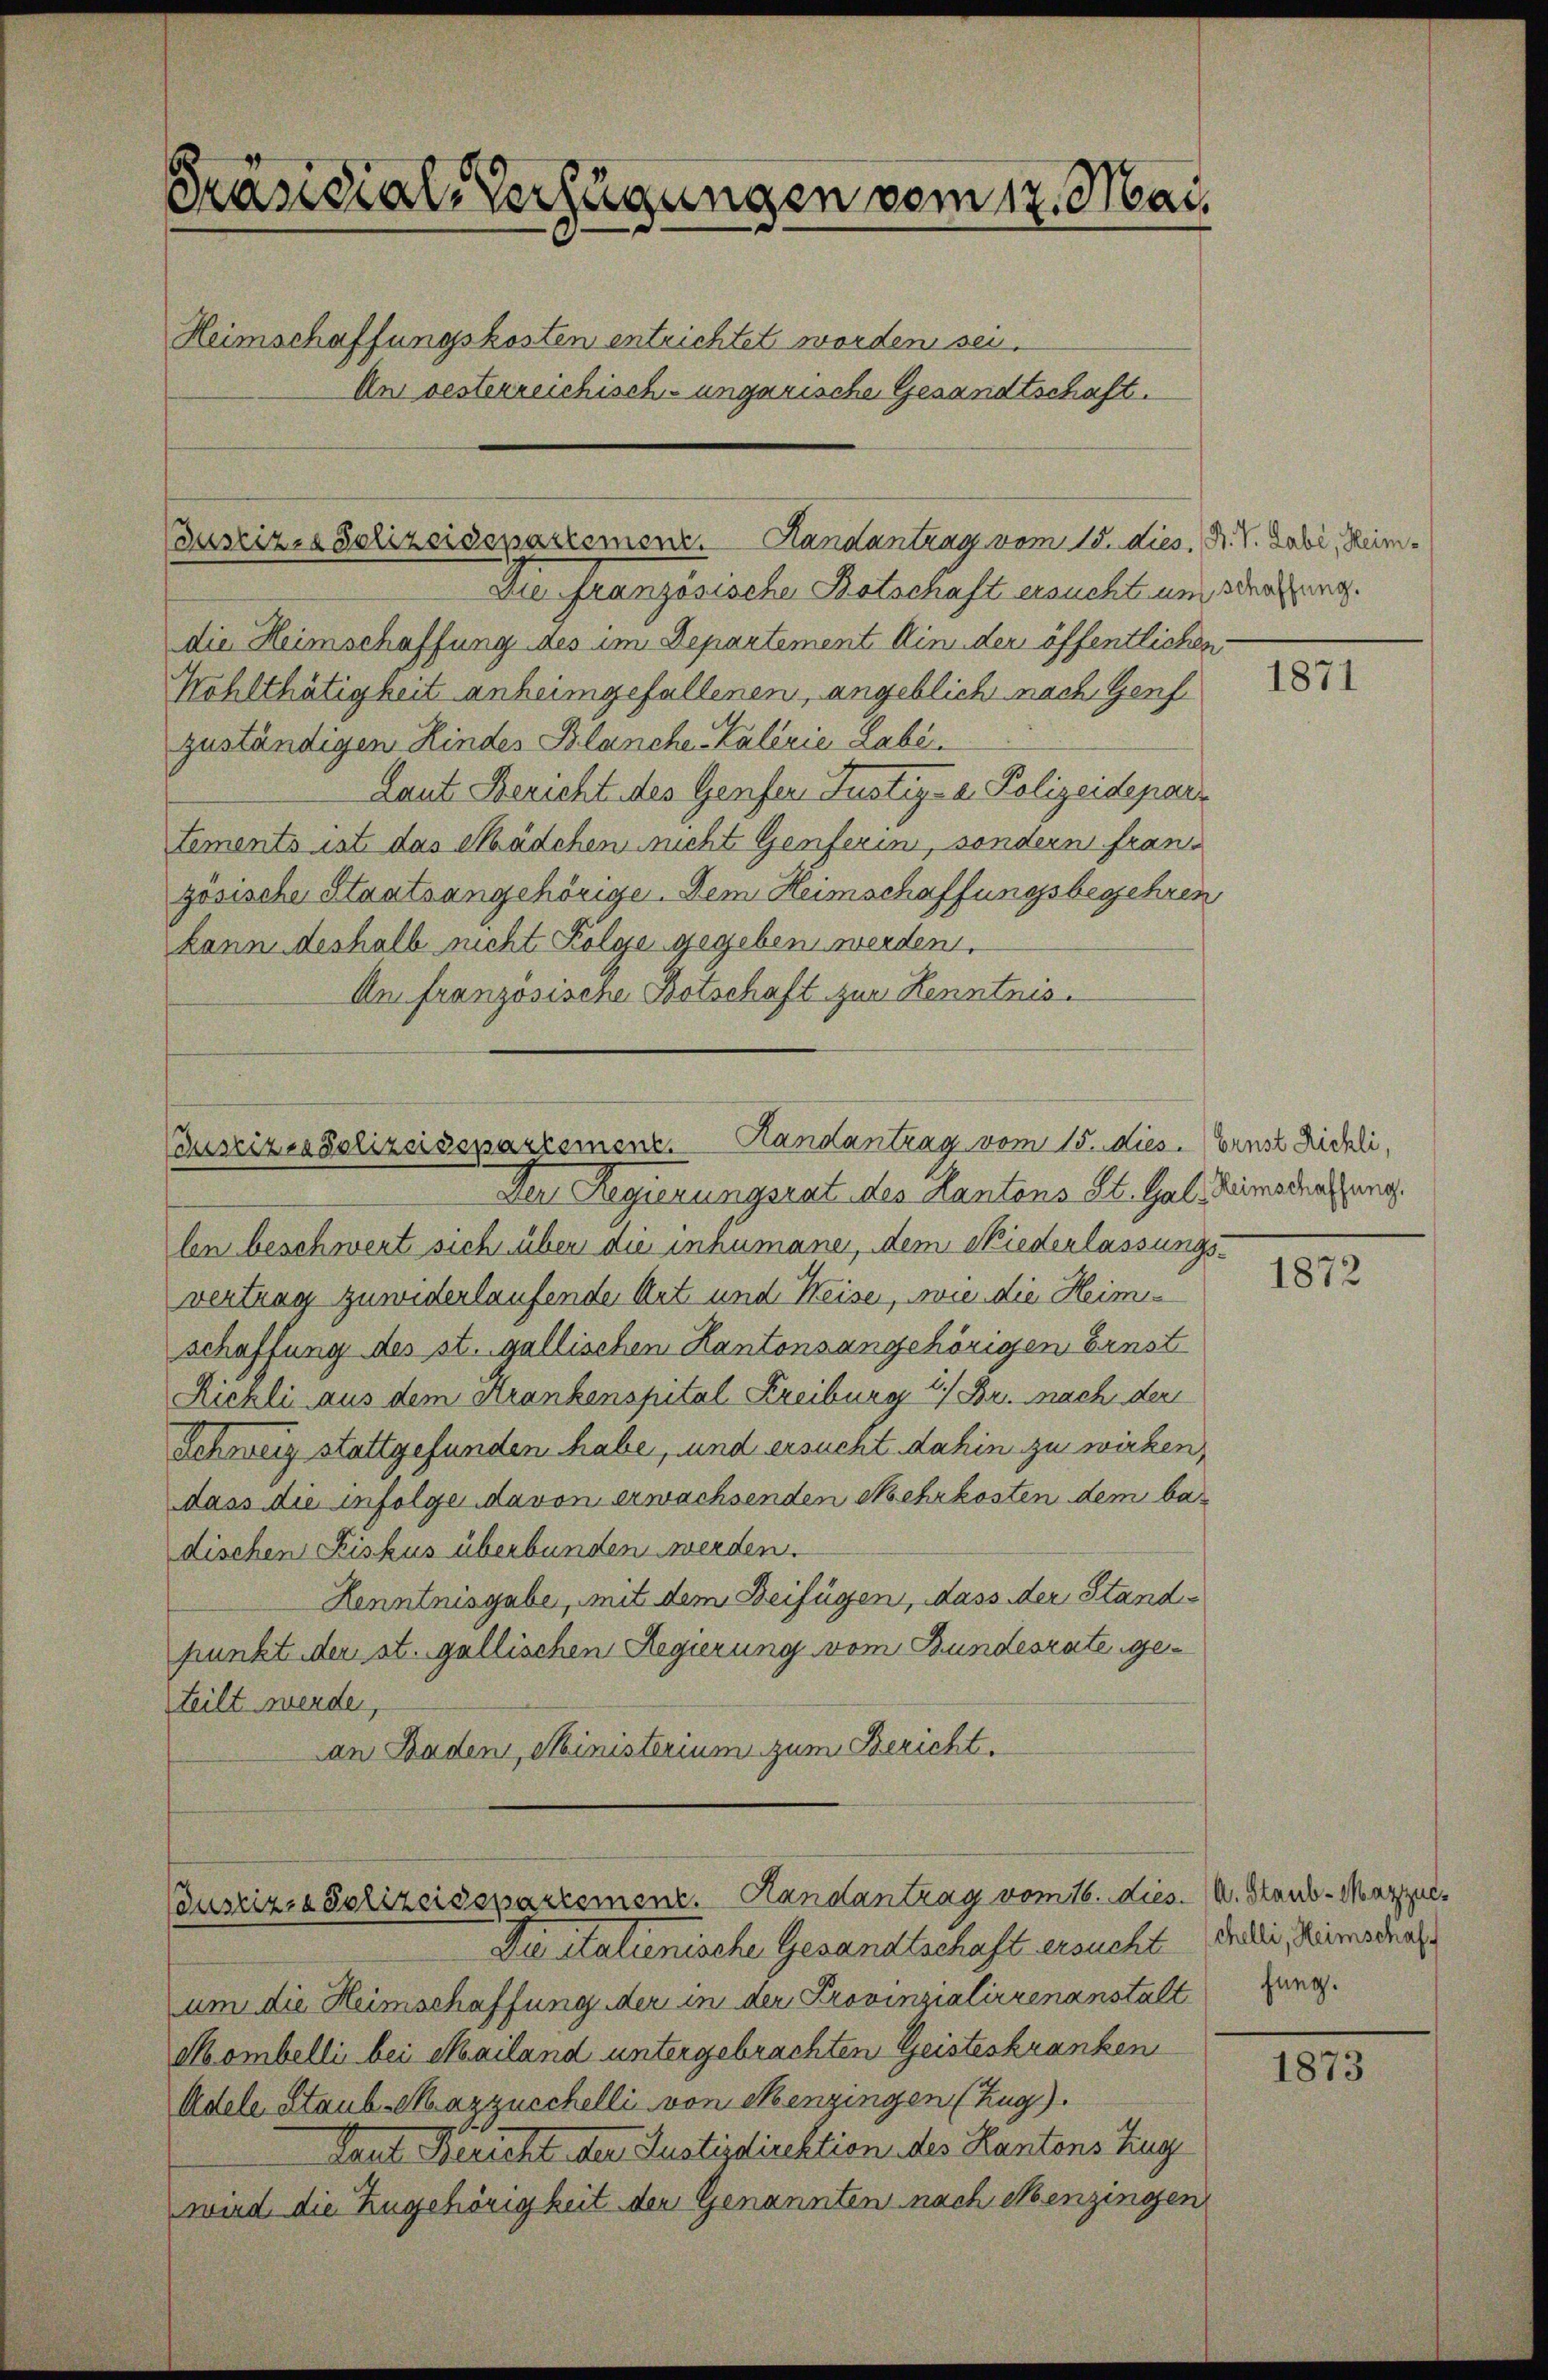
Präsidial-Verfügungen vom 17. Mai.
Heimschaffungskosten entrichtet worden sei.
Um besterreichisch-ungarische Gesandtschaft.

Die französische Botschaft ersucht und dergung.
die Heimschaffung des im Departement in der öffentlichen
Wohlthätigkeit anheimgefallenen, angeblicht nach Genf
zuständigen Kinder Blanche Kalerie Labe.
Laut Bericht des Genfer Justiz- a. Polizeidepart
tements ist das Mädchen nicht Genferin, sondern französische Staatsangehörige. Dem Heimschaffungsbegehren
kann deshalb nicht Kolge gegeben werden.
An französische Botschaft zur Kenntnis.

uszizia Polizeidepartement. Handantrag vom 15. dies. R. V. Labi, Heim¬

Buseines Polizeidepartement. Handantrag vom 15. dies. Gunst Richli,

Der Regierungsrat des Kantons St. Gal, Simoder ang
len beschwert sich über die inhumane, dem Niederlassungsvertrag zuwiderlaufende Art und Weise, wie die Heimschaffung des st. gallischen Kantonsangehörigen Ernst
Rickli aus dem Krankenspital Kreiburg 17 Br. nach der
Schweiz stattgefunden habe, und ersucht dahin zu wirken,
dass die infolge davon erwachsenden Mehrkosten dem badischen Fiskus überbunden werden.
Henntnisgabe, mit dem Beifügen, dass der Standpunkt der st. gallischen Regierung vom Bundesrate geteilt werde,
an Baden, Ministerium zum Bericht.

Bustiz- & Polizeidepartement. Handantrag vom 16. dies. v. Staub-Marzue¬

Die italienische Gesandtschaft ersucht. Fili, Reimschaf
um die Heimschaffung der in der Provinzialirrenanstaltung
Mombelli bei Mailand untergebrachten Geisteskranken
Adele Staub-Mazzucchelli von Menzingen (Zug).
Laut Bericht der Justizdirektion des Kantons Zug
wird die Zugehörigkeit den Genannten nach Menzingen

1871

1872

1873